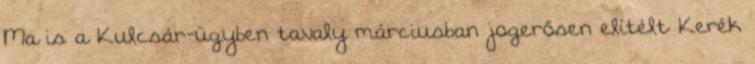
Ma is a Kulcsár-ügyben tavaly márciusban jogerősen elítélt Kerék